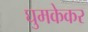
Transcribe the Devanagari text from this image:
घुमकेकर